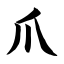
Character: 爪